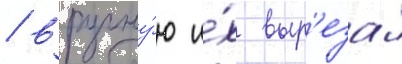
/ вручну́ю и́х выр'езал